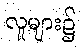
လူများ၌